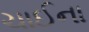
ચાઈના